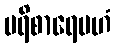
ပရိစာရေမဟံ